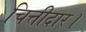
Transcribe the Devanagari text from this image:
चित्तीदार।